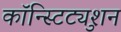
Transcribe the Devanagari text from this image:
कॉन्स्टिट्युशन